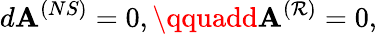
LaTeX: d{\cal\mathbf{A}}^{(NS)}=0,\qquadd{\cal\mathbf{A}}^{(\mathcal{R})}=0,